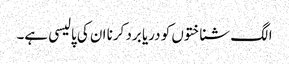
الگ شناختوں کو دریا برد کرنا ان کی پالیسی ہے۔